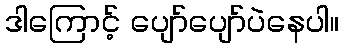
ဒါကြောင့် ပျော်ပျော်ပဲနေပါ။